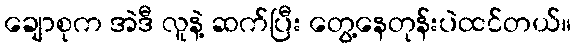
ချောစုက အဲဒီ လူနဲ့ ဆက်ပြီး တွေ့နေတုန်းပဲထင်တယ်။